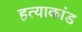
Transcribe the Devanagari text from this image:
हत्‍याकांड